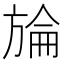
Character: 𣄇